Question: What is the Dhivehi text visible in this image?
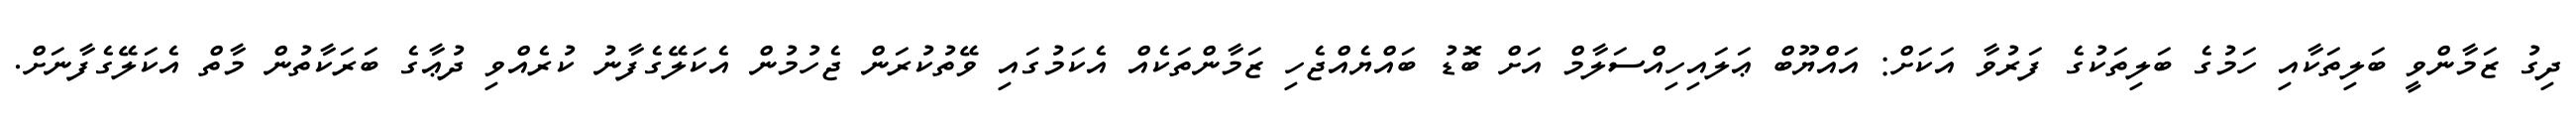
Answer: ދިގު ޒަމާންވީ ބަލިތަކާއި ހަމުގެ ބަލިތަކުގެ ފަރުވާ އަކަށް: އައްޔޫބް ޢަލައިހިއްސަލާމް އަށް ބޮޑު ބައްޔެއްޖެހި ޒަމާންތަކެއް އެކަމުގައި ވޭތުކުރަން ޖެހުމުން އެކަލޭގެފާނު ކުރެއްވި ދުޢާގެ ބަރަކާތުން މާތް އެކަލޭގެފާނަށް.